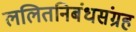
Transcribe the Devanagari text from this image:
ललितनिबंधसंग्रह